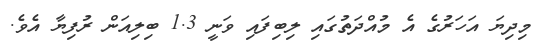
މިދިޔަ އަހަރުގެ އެ މުއްދަތުގައި ލިބިފައި ވަނީ 1.3 ބިލިއަން ރުފިޔާ އެވެ.